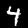
Digit: 4